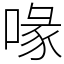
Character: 喙